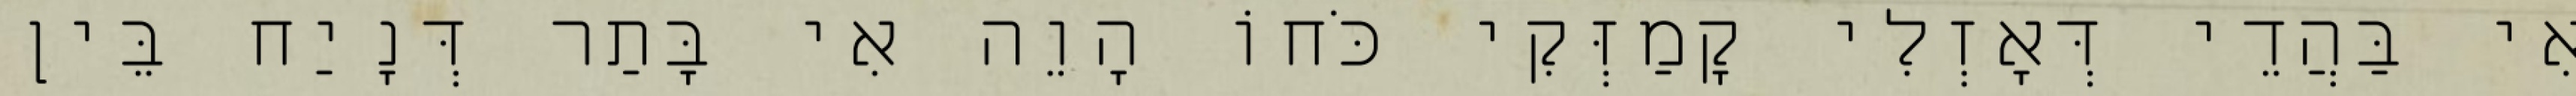
אִי בַּהֲדֵי דְּאָזְלִי קָמַזְּקִי כֹּחוֹ הָוֵה אִי בָּתַר דְּנָיַח בֵּין